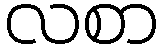
လစာ